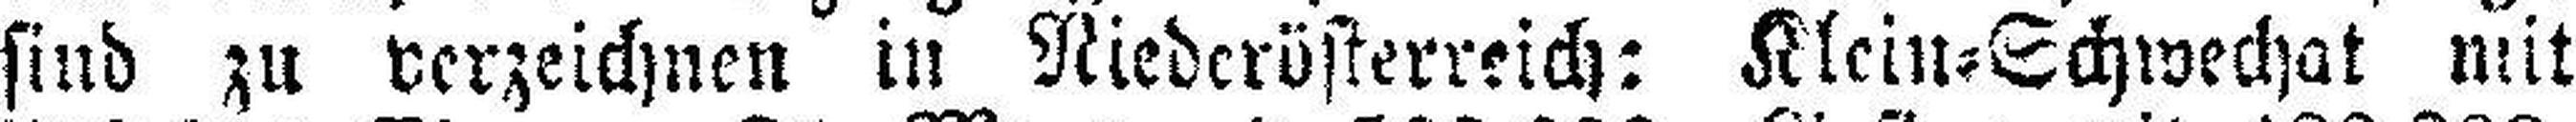
sind zu verzeichnen in Niederösterreich: Klein=Schwechat mit